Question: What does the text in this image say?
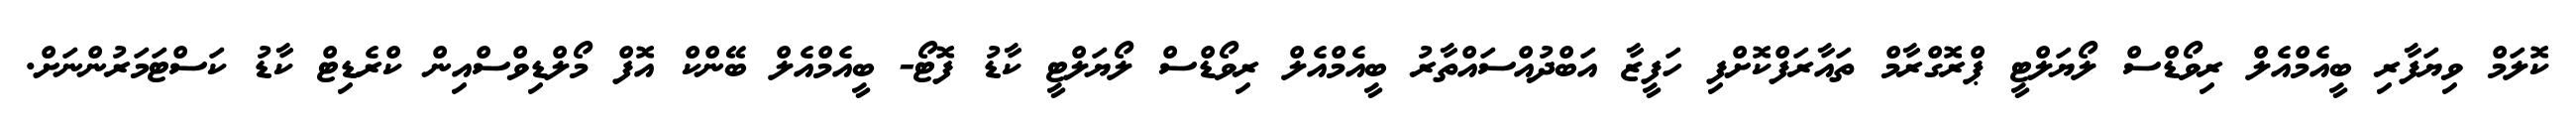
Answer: ކޮލަމް ވިޔަފާރި ބީއެމްއެލް ރިވޯޑްސް ލޯޔަލްޓީ ޕްރޮގްރާމް ތައާރަފްކޮށްފި ހަފީޒާ އަބްދުއްސައްތާރު ބީއެމްއެލް ރިވޯޑްސް ލޯޔަލްޓީ ކާޑު ފޮޓޯ- ބީއެމްއެލް ބޭންކް އޮފް މޯލްޑިވްސްއިން ކްރެޑިޓް ކާޑު ކަސްޓަމަރުންނަށް.